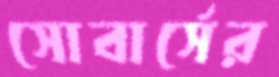
সোবার্সের